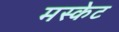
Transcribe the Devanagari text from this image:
मस्केट